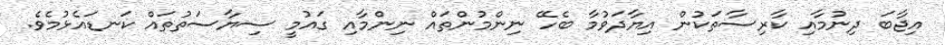
އިޖާބަ ދިނުމާއި ކާރިސާތަކުން އިޔާދަވުމާ ބެހޭ ނިންމުންތައް ނިންމާއި ގައުމީ ސިޔާސަތުތައް ކަނޑައެޅުމެވެ.